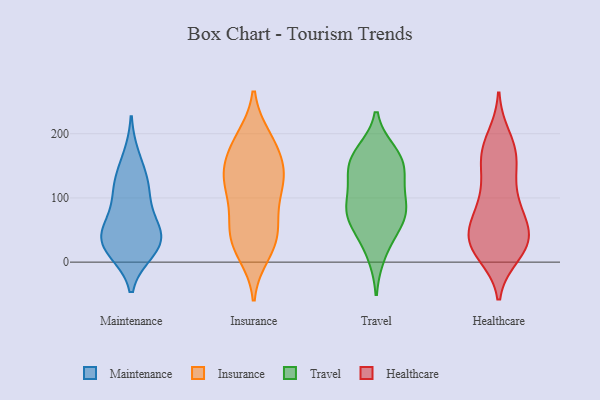
{"axis": {"x": "Headcount", "y": "Value"}, "legend": ["Healthcare", "Insurance", "Maintenance", "Travel"], "data": [{"x": "", "y": 120, "type": "Maintenance"}, {"x": "", "y": 33, "type": "Maintenance"}, {"x": "", "y": 51, "type": "Maintenance"}, {"x": "", "y": 48, "type": "Maintenance"}, {"x": "", "y": 46, "type": "Maintenance"}, {"x": "", "y": 17, "type": "Maintenance"}, {"x": "", "y": 110, "type": "Maintenance"}, {"x": "", "y": 21, "type": "Maintenance"}, {"x": "", "y": 79, "type": "Maintenance"}, {"x": "", "y": 127, "type": "Maintenance"}, {"x": "", "y": 164, "type": "Maintenance"}, {"x": "", "y": 22, "type": "Maintenance"}, {"x": "", "y": 185, "type": "Insurance"}, {"x": "", "y": 125, "type": "Insurance"}, {"x": "", "y": 52, "type": "Insurance"}, {"x": "", "y": 39, "type": "Insurance"}, {"x": "", "y": 30, "type": "Insurance"}, {"x": "", "y": 149, "type": "Insurance"}, {"x": "", "y": 115, "type": "Insurance"}, {"x": "", "y": 128, "type": "Insurance"}, {"x": "", "y": 189, "type": "Insurance"}, {"x": "", "y": 139, "type": "Insurance"}, {"x": "", "y": 67, "type": "Insurance"}, {"x": "", "y": 123, "type": "Insurance"}, {"x": "", "y": 27, "type": "Insurance"}, {"x": "", "y": 80, "type": "Insurance"}, {"x": "", "y": 13, "type": "Insurance"}, {"x": "", "y": 193, "type": "Insurance"}, {"x": "", "y": 163, "type": "Insurance"}, {"x": "", "y": 45, "type": "Travel"}, {"x": "", "y": 133, "type": "Travel"}, {"x": "", "y": 170, "type": "Travel"}, {"x": "", "y": 82, "type": "Travel"}, {"x": "", "y": 76, "type": "Travel"}, {"x": "", "y": 163, "type": "Travel"}, {"x": "", "y": 126, "type": "Travel"}, {"x": "", "y": 92, "type": "Travel"}, {"x": "", "y": 161, "type": "Travel"}, {"x": "", "y": 149, "type": "Travel"}, {"x": "", "y": 65, "type": "Travel"}, {"x": "", "y": 79, "type": "Travel"}, {"x": "", "y": 12, "type": "Travel"}, {"x": "", "y": 52, "type": "Healthcare"}, {"x": "", "y": 171, "type": "Healthcare"}, {"x": "", "y": 82, "type": "Healthcare"}, {"x": "", "y": 23, "type": "Healthcare"}, {"x": "", "y": 27, "type": "Healthcare"}, {"x": "", "y": 32, "type": "Healthcare"}, {"x": "", "y": 174, "type": "Healthcare"}, {"x": "", "y": 32, "type": "Healthcare"}, {"x": "", "y": 163, "type": "Healthcare"}, {"x": "", "y": 82, "type": "Healthcare"}, {"x": "", "y": 192, "type": "Healthcare"}, {"x": "", "y": 135, "type": "Healthcare"}, {"x": "", "y": 30, "type": "Healthcare"}, {"x": "", "y": 38, "type": "Healthcare"}, {"x": "", "y": 105, "type": "Healthcare"}, {"x": "", "y": 85, "type": "Healthcare"}, {"x": "", "y": 40, "type": "Healthcare"}, {"x": "", "y": 14, "type": "Healthcare"}, {"x": "", "y": 162, "type": "Healthcare"}]}